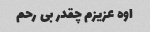
اوه عزیزم چقدر بی رحم